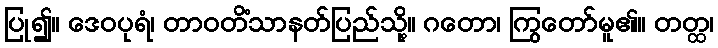
ပြု၍။ ဒေဝပုရံ၊ တာဝတိံသာနတ်ပြည်သို့။ ဂတော၊ ကြွတော်မူ၏။ တတ္ထ၊